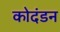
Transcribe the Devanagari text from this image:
कोदंडन